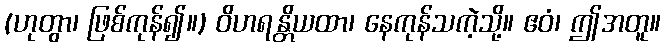
(ဟုတွာ၊ ဖြစ်ကုန်၍။) ဝိဟရန္တိယထာ၊ နေကုန်သကဲ့သို့။ ဧဝံ၊ ဤအတူ။